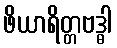
ဖိယာရိတ္တဗဒ္ဓါ